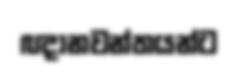
ඥානවන්තයන්ට